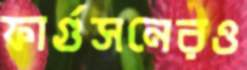
ফার্গুসনেরও